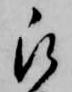
被